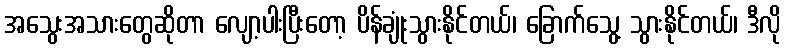
အသွေးအသားတွေဆိုတာ လျော့ပါးပြီးတော့ ပိန်ချုံးသွားနိုင်တယ်၊ ခြောက်သွေ့ သွားနိုင်တယ်၊ ဒီလို